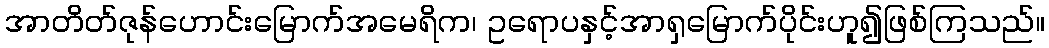
အာတိတ်ဇုန်ဟောင်းမြောက်အမေရိက၊ ဥရောပနှင့်အာရှမြောက်ပိုင်းဟူ၍ဖြစ်ကြသည်။